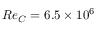
R e _ { C } = 6 . 5 \times 1 0 ^ { 6 }